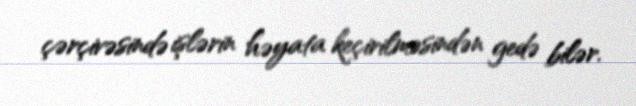
çərçivəsində işlərin həyata keçirilməsindən gedə bilər.